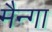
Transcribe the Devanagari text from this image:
मैन्गा